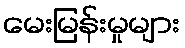
မေးမြန်းမှုများ